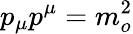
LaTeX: p_{\mu}p^{\mu}=m_{o}^{2}